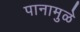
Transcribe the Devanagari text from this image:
पानामुळे